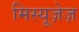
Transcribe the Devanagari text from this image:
मिस्यूज़ेज़